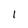
Character: 1